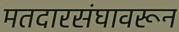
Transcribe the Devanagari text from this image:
मतदारसंघावरून